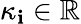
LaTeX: \kappa_{\mathbf{i}}\in\mathbb{{R}}